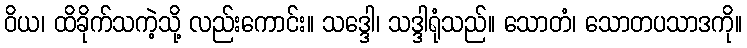
ဝိယ၊ ထိခိုက်သကဲ့သို့ လည်းကောင်း။ သဒ္ဒေါ၊ သဒ္ဒါရုံသည်။ သောတံ၊ သောတပသာဒကို။